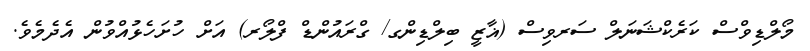
މޯލްޑިވްސް ކަރެކްޝަނަލް ސަރވިސް (ޣާޒީ ބިލްޑިންގ/ ގްރައުންޑް ފްލޯރ) އަށް ހުށަހެޅުއްވުން އެދެމެވެ.